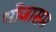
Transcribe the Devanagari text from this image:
भोजासम